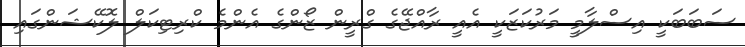
ސަބަބަކީ އިސްލާމީ މަރުކަޒަކީ އެެއީ ރާއްޖޭގެ ގްރީން ޒޯންގެ އެންމެ ކްރިޓިކަލް ލޮކޭޝަންގައި